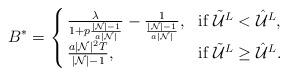
LaTeX: \begin{align*}B^*=\left\{\kern-1mm\begin{array}{ll}\frac{\lambda}{1+p\frac{|\mathcal{N}|-1}{a|\mathcal{N}|}} -\frac{1}{\frac{|\mathcal{N}|-1}{a|\mathcal{N}|}}, &\mbox{if}~\tilde{\mathcal {U}}^L< \hat{\mathcal {U}}^L,\\\frac{a|\mathcal{N}|^2T}{|\mathcal{N}|-1},&\mbox{if}~\tilde{\mathcal {U}}^L\ge \hat{\mathcal {U}}^L.\end{array}\right.\end{align*}